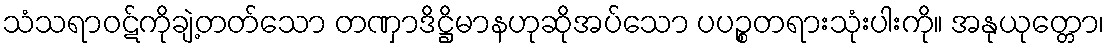
သံသရာဝဋ်ကိုချဲ့တတ်သော တဏှာဒိဋ္ဌိမာနဟုဆိုအပ်သော ပပဉ္စတရားသုံးပါးကို။ အနုယုတ္တော၊